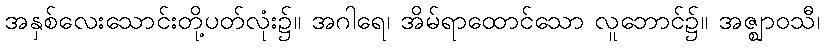
အနှစ်လေးသောင်းတို့ပတ်လုံး၌။ အဂါရေ၊ အိမ်ရာထောင်သော လူဘောင်၌။ အဇ္ဈာဝသီ၊